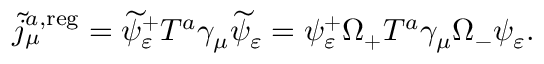
\widetilde { j } _ { \mu } ^ { a , \mathrm { r e g } } = \widetilde { \psi } _ { \varepsilon } ^ { + } T ^ { a } \gamma _ { \mu } \widetilde { \psi } _ { \varepsilon } = \psi _ { \varepsilon } ^ { + } \Omega _ { + } T ^ { a } \gamma _ { \mu } \Omega _ { - } \psi _ { \varepsilon } .